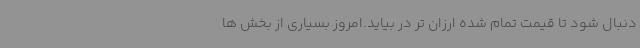
دنبال شود تا قیمت تمام شده ارزان تر در بیاید.امروز بسیاری از بخش ها